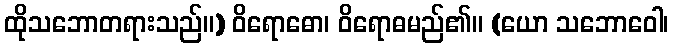
ထိုသဘောတရားသည်။) ဝိရောဓော၊ ဝိရောဓမည်၏။ (ယော သဘောဝေါ၊